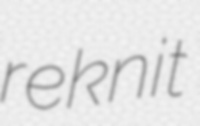
reknit